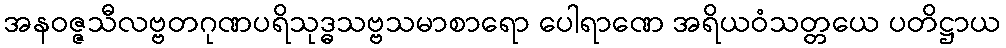
အနဝဇ္ဇသီလဗ္ဗတဂုဏပရိသုဒ္ဓသဗ္ဗသမာစာရော ပေါရာဏေ အရိယဝံသတ္တယေ ပတိဋ္ဌာယ